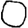
Digit: 0